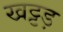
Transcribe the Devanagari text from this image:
खट्टड़